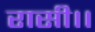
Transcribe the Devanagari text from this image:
रासी।।